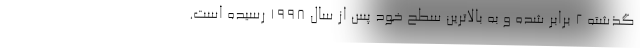
گذشته 2 برابر شده و به بالاترین سطح خود پس از سال 1998 رسیده است.